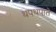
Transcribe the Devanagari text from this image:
थपथपाते